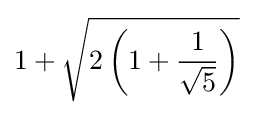
1+{\sqrt {2\left(1+{\frac {1}{\sqrt {5}}}\right)}}